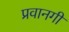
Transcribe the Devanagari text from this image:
प्रवानगी